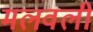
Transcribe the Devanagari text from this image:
मलवली